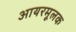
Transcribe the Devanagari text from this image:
आयरमूलक